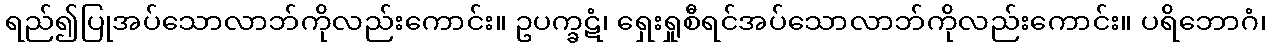
ရည်၍ပြုအပ်သောလာဘ်ကိုလည်းကောင်း။ ဥပက္ခဋံ၊ ရှေးရှုစီရင်အပ်သောလာဘ်ကိုလည်းကောင်း။ ပရိဘောဂံ၊